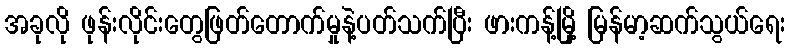
အခုလို ဖုန်းလိုင်းတွေဖြတ်တောက်မှုနဲ့ပတ်သက်ပြီး ဖားကန့်မြို့ မြန်မာ့ဆက်သွယ်ရေး